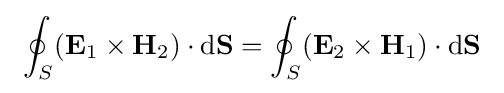
\ \oint _{S}(\mathbf {E} _{1}\times \mathbf {H} _{2})\cdot \mathbf {\mathrm {d} S} =\oint _{S}(\mathbf {E} _{2}\times \mathbf {H} _{1})\cdot \mathbf {\mathrm {d} S} \